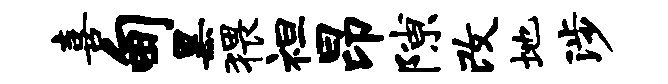
喜甸黑猥袒昂隙改地涉